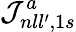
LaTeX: {\cal J}_{nll^{\prime},1s}^{a}